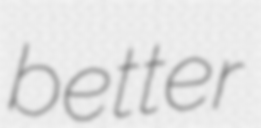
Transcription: better